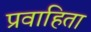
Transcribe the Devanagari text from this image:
प्रवाहिता